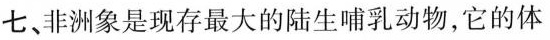
七、非洲象是现存最大的陆生哺乳动物，它的体